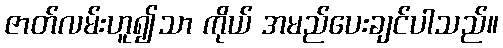
ဇာတ်လမ်းဟူ၍သာ ကိုယ် အမည်ပေးချင်ပါသည်။